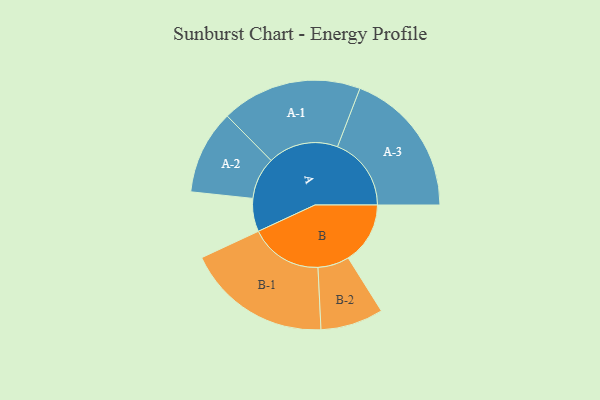
{"axis": {"x": "Segment", "y": "Value"}, "legend": ["", "A", "B"], "data": [{"x": "A", "y": 115, "type": ""}, {"x": "B", "y": 215, "type": ""}, {"x": "A-1", "y": 244, "type": "A"}, {"x": "A-2", "y": 146, "type": "A"}, {"x": "A-3", "y": 256, "type": "A"}, {"x": "B-1", "y": 252, "type": "B"}, {"x": "B-2", "y": 109, "type": "B"}]}